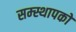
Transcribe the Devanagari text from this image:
सम्स्थापकों